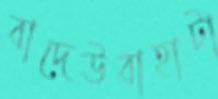
বাদেউবাহাটা